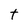
Character: t